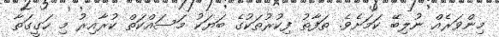
މިންވަރެއް ނުލިބޭ ކަމަށެވެ. ތަފާތު ފިކުރުތަކުގެ ބަޔަކު މަސައްކަތް ކުރާއިރު މި ހަގީގަތާ